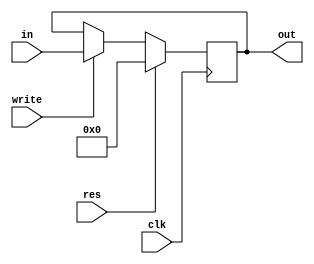
/////////////////////////////////////////PC_MODULE///////////////////////////////////////////////////////////////
module PC(input clk,res,write,
          input [31:0] in,
          output reg [31:0] out);
 
  always@(posedge clk) begin
    if(res)
      out<=32'b0;
    else if(write)
      out<=in;
  end

endmodule
//////////////////////////////////////////////////////////////////////////////////////////////////////////////